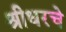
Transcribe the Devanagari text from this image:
श्रीधरचे